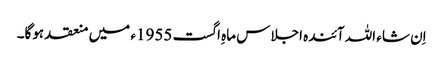
اِن شاء اللہ آئندہ اجلاس ماہِ اگست 1955ء میں منعقد ہوگا۔